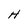
Character: H